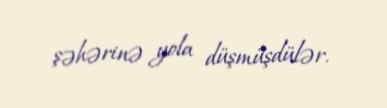
şəhərinə yola düşmüşdülər.